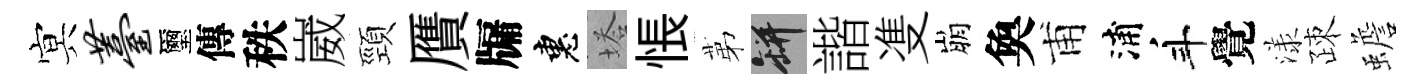
㝠薹璽傳秩崴頸贋牖惠塔悵苐瓶諧㕠崩奐甫浦斗覺漾疎蟾